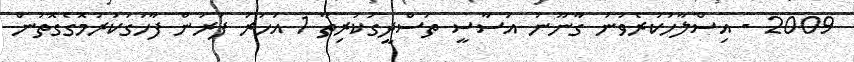
2009 - އިސްލާހުކުރެވުނު ގާނޫނު އަސާސީ ތަސްދީގުކުރިތާ 1 އަހަރު ފުރުން ފާހަގަކުރުމޮގެގޮތުން